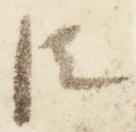
臣